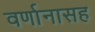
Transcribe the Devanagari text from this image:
वर्णानासह